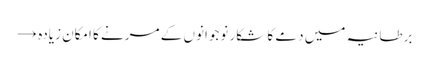
برطانیہ میں دمے کا شکار نوجوانوں کے مرنے کا امکان زیادہ →